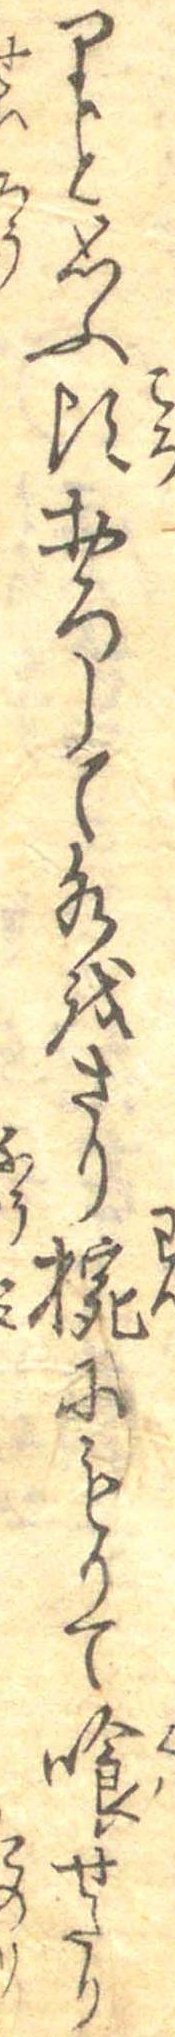
りと思ふ頃おろして水をさり椀にもりて喰せたり